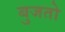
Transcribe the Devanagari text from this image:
बुजतो